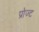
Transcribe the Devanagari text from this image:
प्रोज्ट